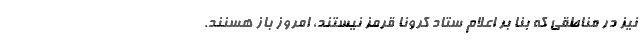
نیز در مناطقی که بنا بر اعلام ستاد کرونا قرمز نیستند، امروز باز هسنند.